Statistical return of the lunatic asylum in Assam - 1912-1932
Year: 1912
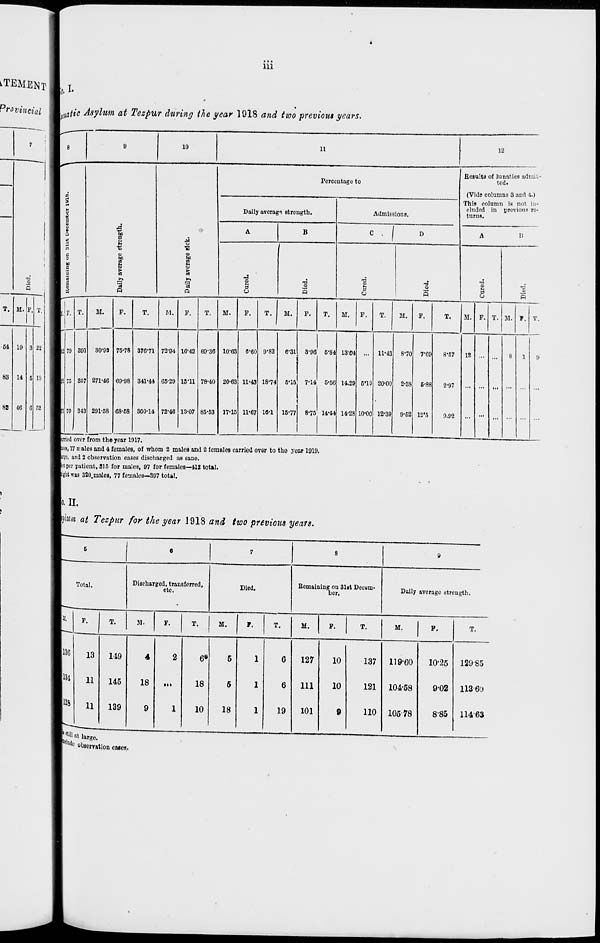
Ill
Provincial U, 0 tic Asylum at Tezpur during the year 1918 and two previous years.
-a
s
T. M. F. T.
54
83
88
19
14
46
3
6
G
22
10
52
8
9
10
11
12
Percentage to
Results of lunatics admit-
ted.
00
r*
|
p
a
c
■s
o
to
2
g •s
>-.
'3
P
o
"E
1 3
a
(Vide columns 3 and 4.)
Daily average strength.
Admissions,
This column is not in-
cluded in previous re-
turns.
A
B
0 . 1
D
A
B
n
c
0
to
fl
1
'3
a
3
§
o
5
■8 c
•a a
s
8
T3
(3
!, F. T.
M.
P.
T.
M.
P.
T.
M.
F.
T.
M.
P.
T.
M.
P.
T.
M.
P.
T.
M. P. T. M. F. T.
il!79 391 30-93 75-78 376-71 72-94 16-42 89-36 10-63 «-60 9-82
6-31 3-96 6-84 13-04 ... 11-43 8-70 7-69
8-57
12 ...
8
1
9
176 857 271-46 69-98 341-44 65-29 13*11 78-40 20-63 11-43 18-74 5-15 7-14 6-56 14.29 6*19 20-00 2-38 6-88
2-97
... ... ... ...
...
S70 343 291-58 68-58 860-14 72-40 13-07 85-53 17-15 11-67 16-1 15-77 8-75 14-44 14-28 10-00 12-39 9-62 12'5
9.92
... ... ...
...
mied ovor from the year 1917.
1
j;es, 17 irales and 4 females, of whom 2 maleB and 2 females carried ovor to the year 1919.
irge, and 2 observation cases discharged us sane.
s;t per patient, 315 for males, 97 for females—412 total.
-
■
..flit it as 3! lO.males, 77 fern aloB—39 1 total.
.. ,
II.
hhm at Tezpur for the year 1918 and two previous years.
e
6
7
8
9
Total.
Discharged, transferred,
etc.
Died.
Bcmair ling on Slat Decem-
ber.
Daily average strength.
13G
F.
T.
51.
p.
T.
M.
T.
T.
M.
P.
T.
M.
P.
T.
13
149
4
2
6*
5
1
6
127
10
137 119-60
10-25 12985
134
11
145
18
•••
18
5
1
6
111
10
121 104-58
9-02 113-60
128
11
139
9
1
10
18
1
19
101
9
110 10578
8*85 114*63
•till
"hide
at large,
obsem tion cases
•